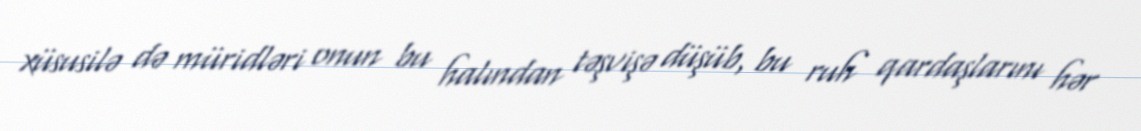
xüsusilə də müridləri onun bu halından təşvişə düşüb, bu ruh qardaşlarını hər